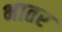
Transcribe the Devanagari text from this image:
भातर